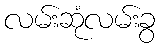
လမ်းဆုံလမ်းခွ